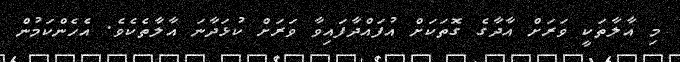
މި އާލާތަކީ ވަރަށް އާދާގެ ގޮތަކަށް އުފައްދާފައިވާ ވަރަށް ކުޅަދާނަ އާލާތެކެވެ. އެހެންކަމުން